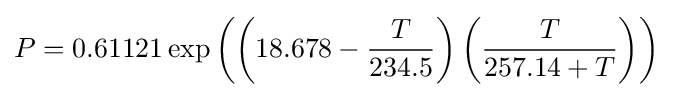
P=0.61121\exp \left(\left(18.678-{\frac {T}{234.5}}\right)\left({\frac {T}{257.14+T}}\right)\right)